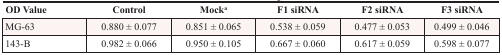
| OD Value | Control | Mocka | F1 siRNA | F2 siRNA | F3 siRNA |
 | --- | --- | --- | --- | --- | --- |
 | MG-63 | 0.880 ± 0.077 | 0.851 ± 0.065 | 0.538 ± 0.059 | 0.477 ± 0.053 | 0.499 ± 0.046 |
 | 143-B | 0.982 ± 0.066 | 0.950 ± 0.105 | 0.667 ± 0.060 | 0.617 ± 0.059 | 0.598 ± 0.077 |